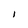
Character: I